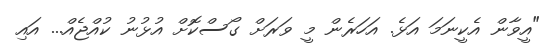
"އީވާން އެކީނަމަ އަޅެ. އަހަރެން މީ ވަރަށް ގޯސްކޮށް އުޅުނު ކުއްޖެއް... އައި